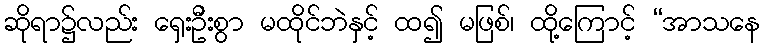
ဆိုရာ၌လည်း ရှေးဦးစွာ မထိုင်ဘဲနှင့် ထ၍ မဖြစ်၊ ထို့ကြောင့် “အာသနေ